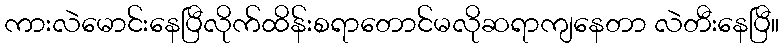
ကားလဲမောင်းနေပြီလိုက်ထိန်းစရာတောင်မလိုဆရာကျနေတာ လဲတီးနေပြီ။